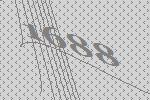
1688